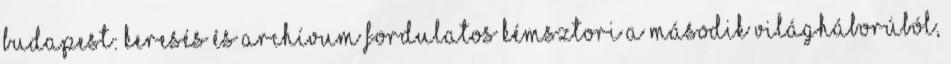
budapest: Keresés és archívum Fordulatos kémsztori a második világháborúból,